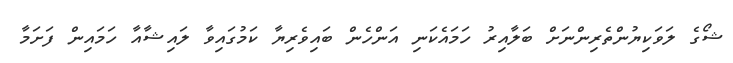
ޝޯގެ ލަވަކިޔުންތެރިންނަށް ބަލާއިރު ހަމައެކަނި އަންހެން ބައިވެރިޔާ ކަމުގައިވާ ލައިޝާއާ ހަމައިން ފަށަމާ